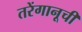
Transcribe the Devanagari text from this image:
तरेंगानूची